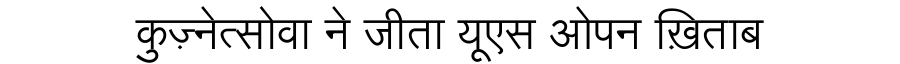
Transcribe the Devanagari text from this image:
कुज़्नेत्सोवा ने जीता यूएस ओपन ख़िताब